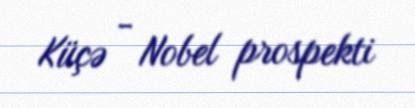
Küçə - Nobel prospekti